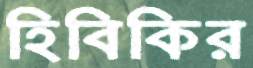
হিবিকির